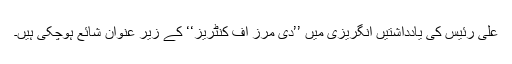
علی رئیس کی یادداشتیں انگریزی میں ’’دی مِرز آف کنٹریز‘‘ کے زیر عنوان شائع ہوچکی ہیں۔